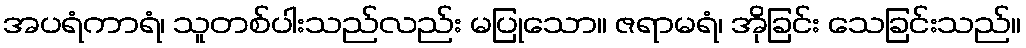
အပရံကာရံ၊ သူတစ်ပါးသည်လည်း မပြုသော။ ဇရာမရံ၊ အိုခြင်း သေခြင်းသည်။